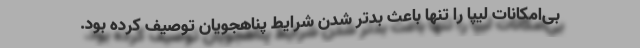
بی‌امکانات لیپا را تنها باعث بدتر شدن شرایط پناهجویان توصیف کرده بود.